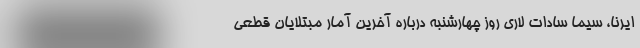
ایرنا، سیما سادات لاری روز چهارشنبه درباره آخرین آمار مبتلایان قطعی